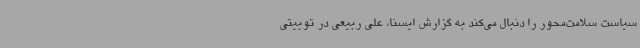
سیاست سلامت‌محور را دنبال می‌کند به گزارش ایسنا، علی ربیعی در توییتی